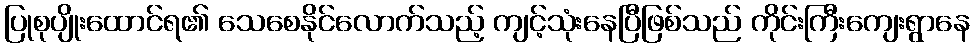
ပြုစုပျိုးထောင်ရ၏ သေစေနိုင်လောက်သည့် ကျင့်သုံးနေပြီဖြစ်သည် ကိုင်းကြီးကျေးရွာနေ